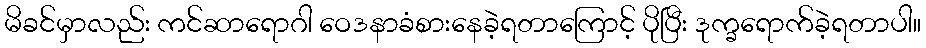
မိခင်မှာလည်း ကင်ဆာရောဂါ ဝေဒနာခံစားနေခဲ့ရတာကြောင့် ပိုပြီး ဒုက္ခရောက်ခဲ့ရတာပါ။